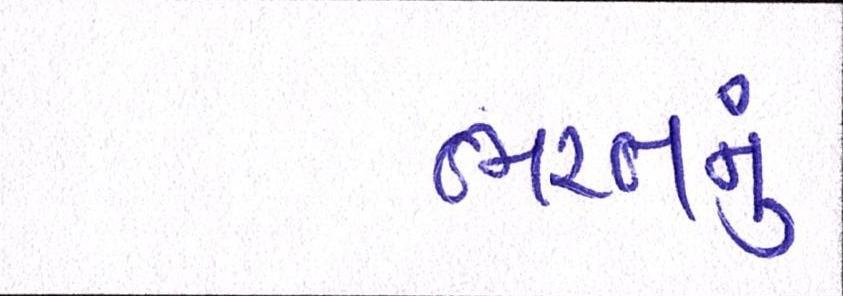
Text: ભરતનું